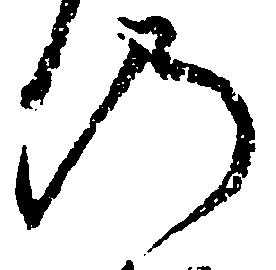
の